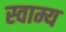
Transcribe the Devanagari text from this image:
स्वाम्य